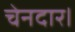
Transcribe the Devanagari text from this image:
चेनदार।